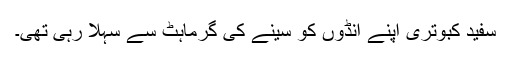
سفید کبوتری اپنے انڈوں کو سینے کی گرماہٹ سے سہلا رہی تھی۔